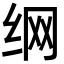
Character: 𮉦